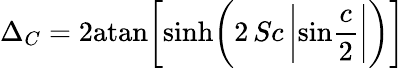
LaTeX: \Delta_{C}=2\mathrm{atan}\bigg[\mathrm{sinh}\bigg(2\, Sc\, \bigg|\mathrm{sin}{\frac{c}{2}}\bigg|\bigg)\bigg]